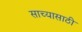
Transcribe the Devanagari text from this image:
साच्यासाठी